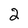
Character: 2